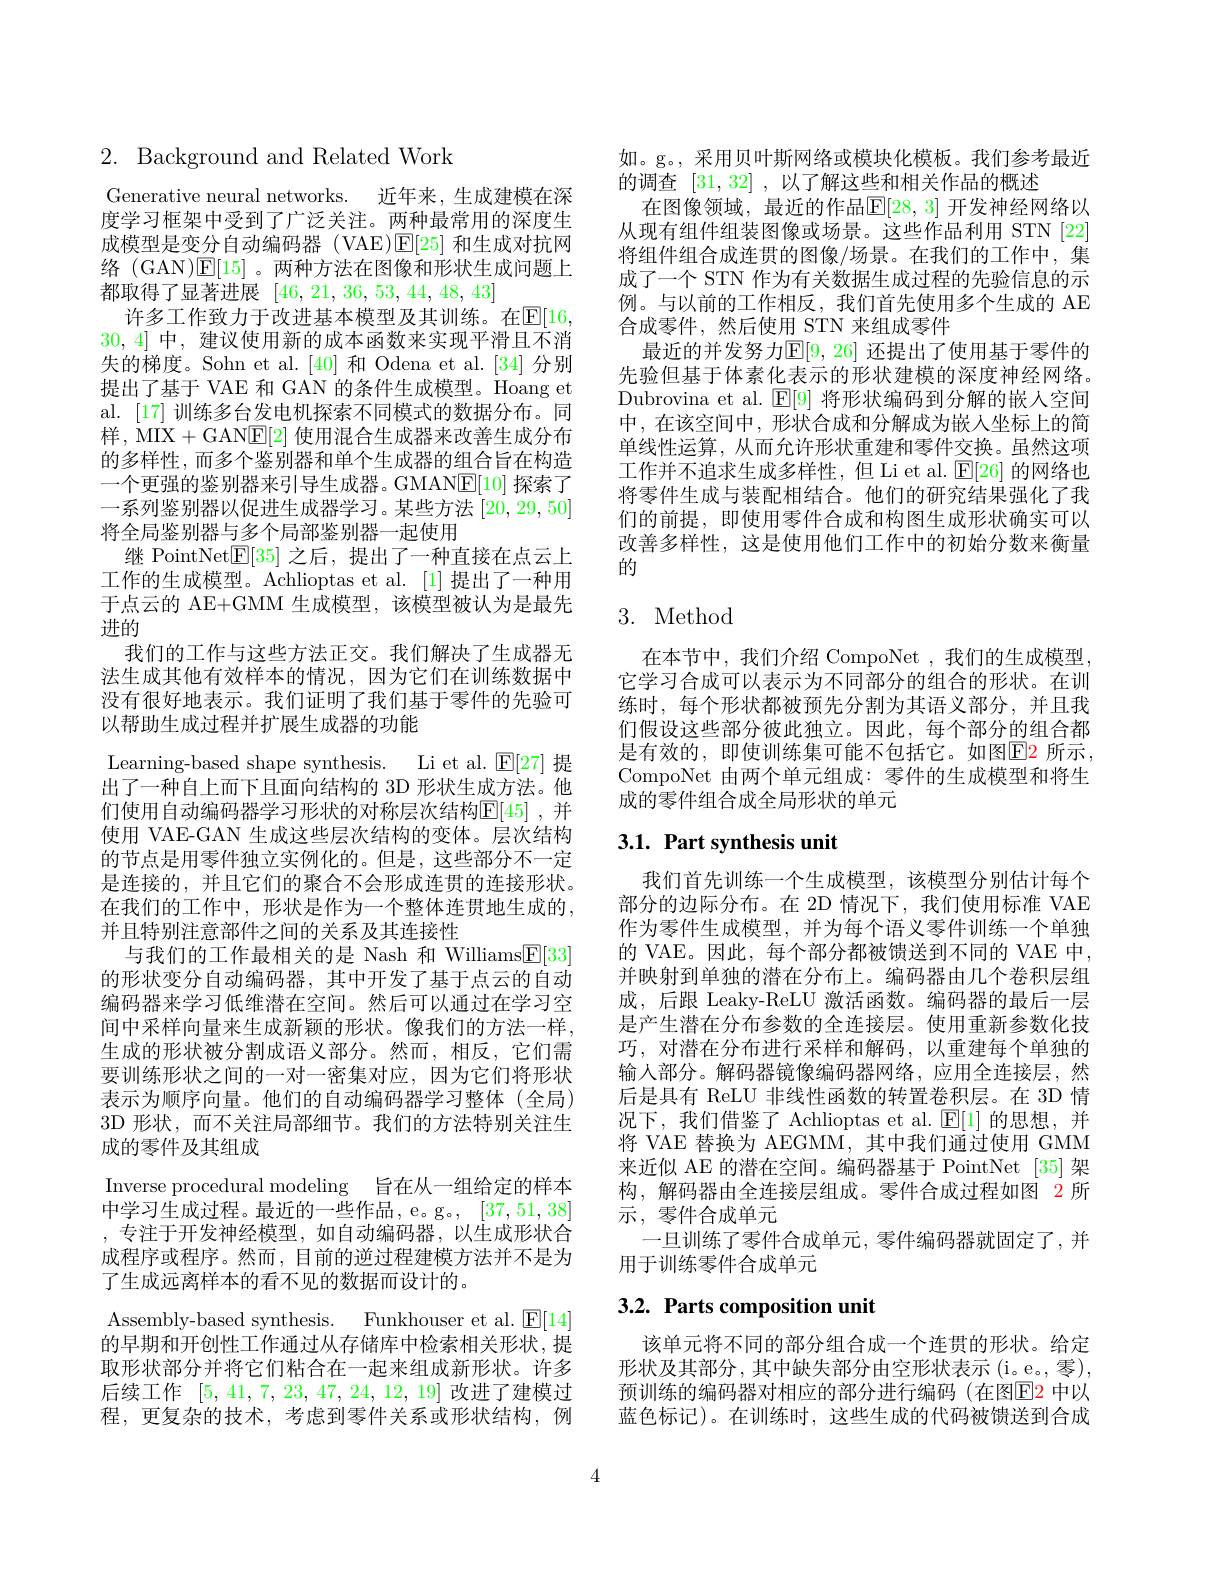
$2.{\mathrm{~Background~and~Related~Work}}$

Generative neural networks. 近年来，生成建模在深度学习框架中受到了广泛关注。两种最常用的深度生成模型是变分自动编码器(VAE)$\mathsf{E}[25]$和生成对抗网络 (GAN)$\mathsf{E}[15]$。两种方法在图像和形状生成问题上都取得了显著进展[46,21,36,53,44,48,43]
许多工作致力于改进基本模型及其训练。在$\mathbb{E}[16$, 30,4]中，建议使用新的成本函数来实现平滑且不消失的梯度。Sohn et al.[40] 和 Odena et al.[34] 分别提出了基于 VAE 和 GAN 的条件生成模型。Hoang et al. [17] 训练多台发电机探索不同模式的数据分布。同样，MIX+GANE[2]使用混合生成器来改善生成分布的多样性，而多个鉴别器和单个生成器的组合旨在构造一个更强的鉴别器来引导生成器。GMAN$\mathbb{E}[10]$探索了一系列鉴别器以促进生成器学习。某些方法[20,29,50] 将全局鉴别器与多个局部鉴别器一起使用
继 PointNet$\mathbb{E}[35]$之后，提出了一种直接在点云上工作的生成模型。Achlioptas et al. [1]提出了一种用于点云的 AE+GMM 生成模型，该模型被认为是最先进的
我们的工作与这些方法正交。我们解决了生成器无法生成其他有效样本的情况，因为它们在训练数据中没有很好地表示。我们证明了我们基于零件的先验可以帮助生成过程并扩展生成器的功能
Learning-based shape synthesis. Li et al. $\mathbb{E}[27]$提出了一种自上而下且面向结构的 3D 形状生成方法。他们使用自动编码器学习形状的对称层次结构$\mathbb{E}[45]$ ,并使用 VAE-GAN 生成这些层次结构的变体。层次结构的节点是用零件独立实例化的。但是，这些部分不一定是连接的，并且它们的聚合不会形成连贯的连接形状。在我们的工作中，形状是作为一个整体连贯地生成的， 并且特别注意部件之间的关系及其连接性
与我们的工作最相关的是 Nash 和 Williams$\underline{\mathrm{E}}[33]$ 的形状变分自动编码器，其中开发了基于点云的自动编码器来学习低维潜在空间。然后可以通过在学习空间中采样向量来生成新颖的形状。像我们的方法一样， 生成的形状被分割成语义部分。然而，相反，它们需要训练形状之间的一对一密集对应，因为它们将形状表示为顺序向量。他们的自动编码器学习整体(全局) 3D 形状，而不关注局部细节。我们的方法特别关注生成的零件及其组成
Inverse procedural modeling 旨在从一组给定的样本中学习生成过程。最近的一些作品，e。g。[37,51,38] ,专注于开发神经模型，如自动编码器，以生成形状合成程序或程序。然而，目前的逆过程建模方法并不是为了生成远离样本的看不见的数据而设计的。
Assemblv-based synthesis. Funkhouser et al. $|\overline{\mathrm{F}}|14|$ 的早期和开创性工作通过从存储库中检索相关形状，提取形状部分并将它们粘合在一起来组成新形状。许多后续工作[5,41,7,23,47,24,12,19]改进了建模过程，更复杂的技术，考虑到零件关系或形状结构，例

如。g。, 采用贝叶斯网络或模块化模板。我们参考最近
的调查[31,32] ,以了解这些和相关作品的概述
在图像领域，最近的作品$\mathbb{E}[28,3]$ 开发神经网络以从现有组件组装图像或场景。这些作品利用 STN [22] 将组件组合成连贯的图像/场景。在我们的工作中，集成了一个 STN 作为有关数据生成过程的先验信息的示例。与以前的工作相反，我们首先使用多个生成的 AE 合成零件，然后使用 STN 来组成零件
最近的并发努力$\mathbb{E}[9,26]$ 还提出了使用基于零件的先验但基于体素化表示的形状建模的深度神经网络。Dubrovina et al. $\operatorname{E}[9]$将形状编码到分解的嵌人空间中，在该空间中，形状合成和分解成为嵌入坐标上的简单线性运算，从而允许形状重建和零件交换。虽然这项工作并不追求生成多样性，但 Li et al. $\operatorname{E}[26]$的网络也将零件生成与装配相结合。他们的研究结果强化了我们的前提，即使用零件合成和构图生成形状确实可以改善多样性，这是使用他们工作中的初始分数来衡量的

# 3. Method

在本节中，我们介绍 CompoNet,我们的生成模型， 它学习合成可以表示为不同部分的组合的形状。在训练时，每个形状都被预先分割为其语义部分，并且我们假设这些部分彼此独立。因此，每个部分的组合都是有效的，即使训练集可能不包括它。如图$\color{red}{\mathrm{E2}}$所示， CompoNet 由两个单元组成：零件的生成模型和将生成的零件组合成全局形状的单元

# 3.1. Part synthesis unit

我们首先训练一个生成模型，该模型分别估计每个部分的边际分布。在 2D 情况下，我们使用标准 VAE 作为零件生成模型，并为每个语义零件训练一个单独的 VAE。因此，每个部分都被馈送到不同的 VAE 中， 并映射到单独的潜在分布上。编码器由几个卷积层组成，后跟 Leaky-ReLU 激活函数。编码器的最后一层是产生潜在分布参数的全连接层。使用重新参数化技巧，对潜在分布进行采样和解码，以重建每个单独的输人部分。解码器镜像编码器网络，应用全连接层，然后是具有 ReLU 非线性函数的转置卷积层。在 3D 情况下，我们借鉴了 Achlioptas et al. $\mathbb{E}[1]$的思想，并将 VAE 替换为 AEGMM, 其中我们通过使用 GMM 来近似 AE 的潜在空间。编码器基于 PointNet [35]架构，解码器由全连接层组成。零件合成过程如图 2 所示 , 零件合成单元
一旦训练了零件合成单元，零件编码器就固定了，并
用于训练零件合成单元

# 3.2. Parts composition unit

该单元将不同的部分组合成一个连贯的形状。给定形状及其部分，其中缺失部分由空形状表示(i。e。,零), 预训练的编码器对相应的部分进行编码 (在图E2 中以蓝色标记)。在训练时，这些生成的代码被馈送到合成

4